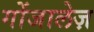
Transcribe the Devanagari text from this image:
गोंजालेज़